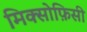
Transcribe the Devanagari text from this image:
मिक्सोफ़िसी